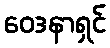
ဝေဒနာရှင်